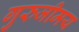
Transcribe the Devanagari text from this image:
गुरुजीमय